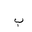
Letter: _ba